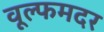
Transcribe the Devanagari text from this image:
वूल्‍फमदर